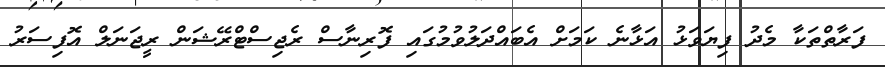
ފަރާތްތަކާ މެދު ފިޔަވަޅު އަޅާނެ ކަމަށް އެބައްދަލުވުމުގައި ފޮރިނާސް ރެޖިސްޓްރޭޝަން ރީޖަނަލް އޮފިސަރު